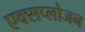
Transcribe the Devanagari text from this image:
एक्सप्लोजन